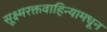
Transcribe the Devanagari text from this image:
सूक्ष्मरक्तवाहिन्यामधून